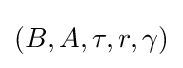
(B,A,\tau ,r,\gamma )